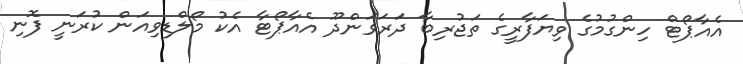
އެއާޕޯޓް ހިންގުމުގެ ވިޔަފާރީގެ ތަޖުރިބާ ދަރަވަންދޫ އެއާޕޯޓާ އެކު މޯލްޑިވިއަން ކުރަނީ ފޮނި